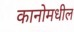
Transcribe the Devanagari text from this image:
कानोमधील